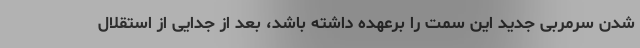
شدن سرمربی جدید این سمت را برعهده داشته باشد، بعد از جدایی از استقلال